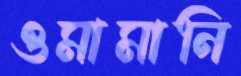
ওমামানি